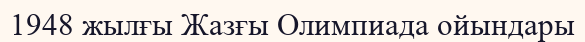
1948 жылғы Жазғы Олимпиада ойындары